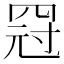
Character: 𱺿